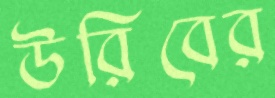
উরিবের